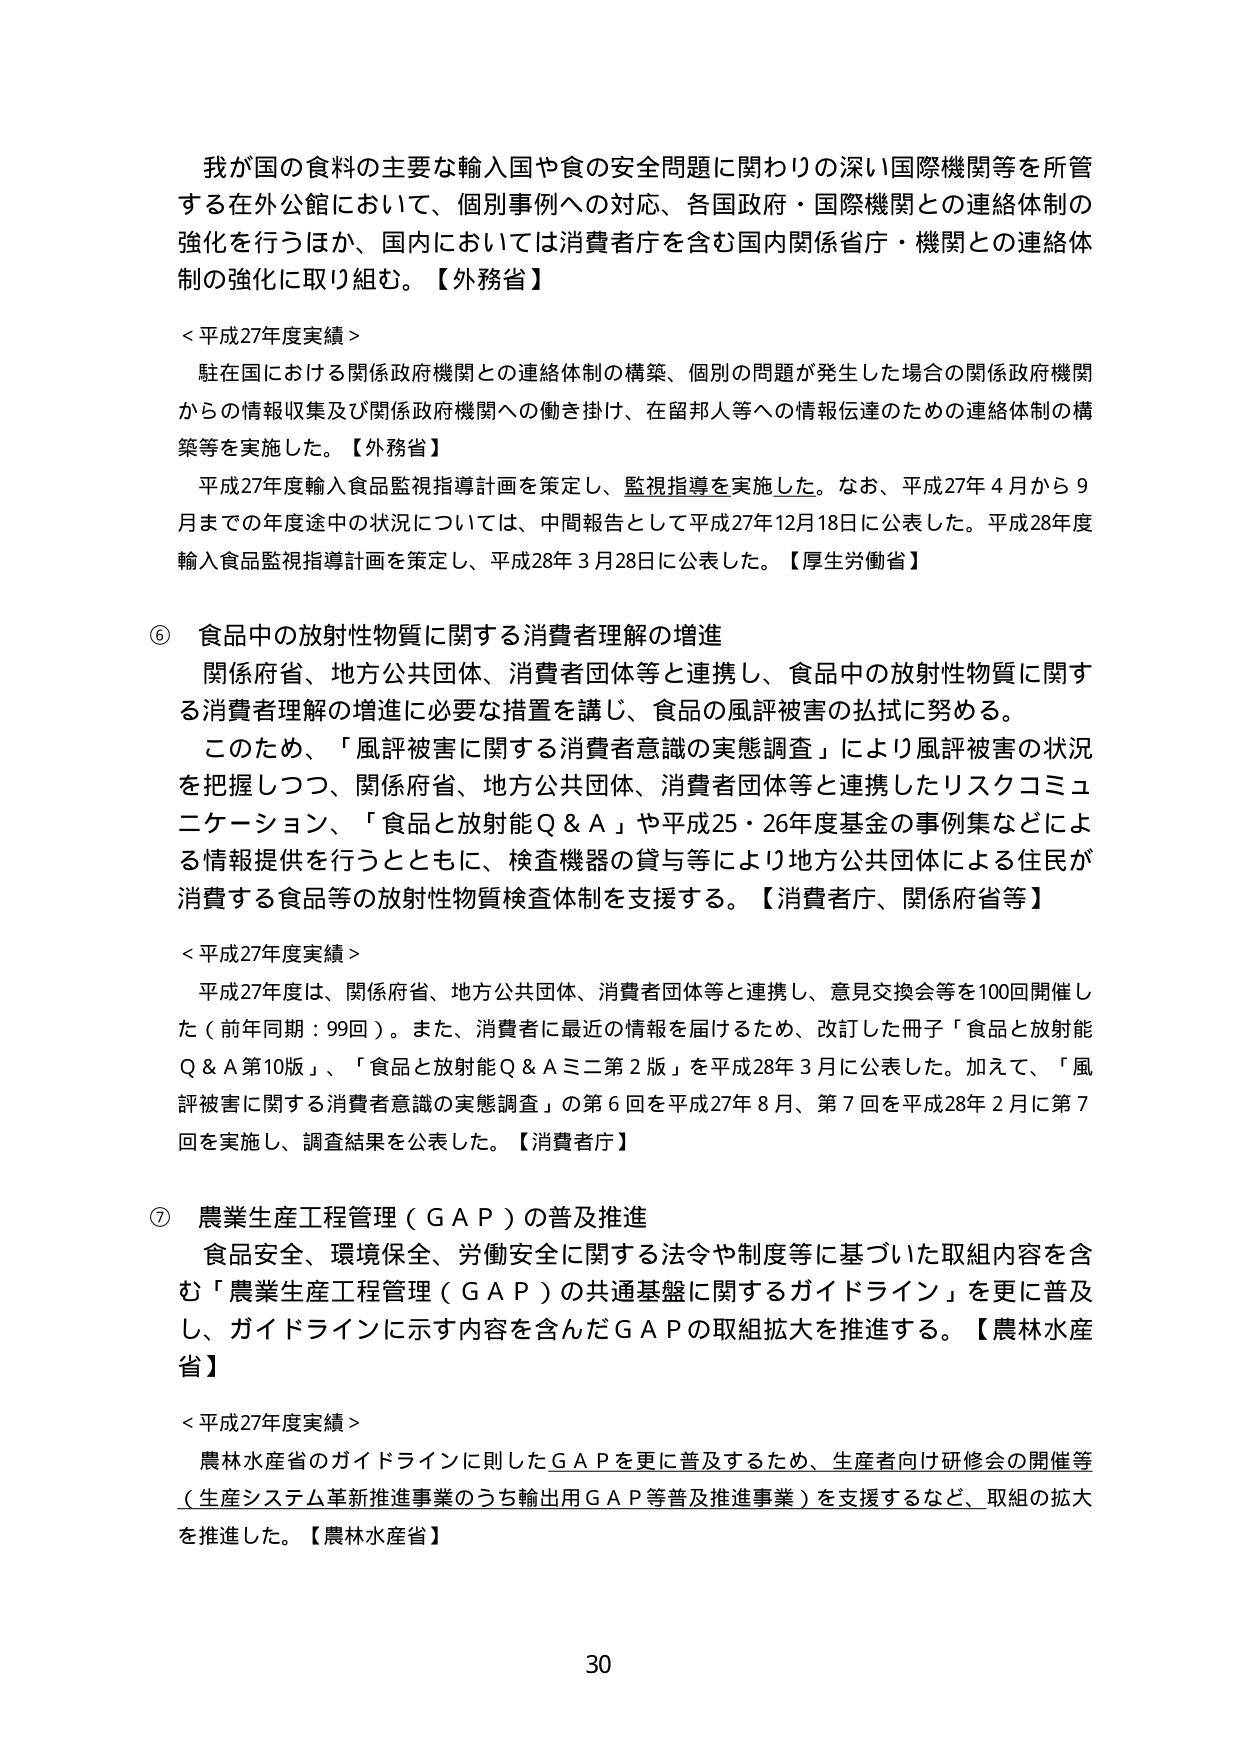
我が国の食料の主要な輸入国や食の安全問題に関わりの深い国際機関等を所管する在外公館において、個別事例への対応、各国政府・国際機関との連絡体制の強化を行うほか、国内においては消費者庁を含む国内関係省庁・機関との連絡体制の強化に取り組む。【外務省】

＜平成27年度実績＞
駐在国における関係政府機関との連絡体制の構築、個別の問題が発生した場合の関係政府機関からの情報収集及び関係政府機関への働き掛け、在留邦人等への情報伝達のための連絡体制の構築等を実施した。【外務省】
平成27年度輸入食品監視指導計画を策定し、監視指導を実施した。なお、平成27年4月から9月までの年度途中の状況については、中間報告として平成27年12月18日に公表した。平成28年度輸入食品監視指導計画を策定し、平成28年3月28日に公表した。【厚生労働省】

⑥ 食品中の放射性物質に関する消費者理解の増進
関係府省、地方公共団体、消費者団体等と連携し、食品中の放射性物質に関する消費者理解の増進に必要な措置を講じ、食品の風評被害の払拭に努める。
このため、「風評被害に関する消費者意識の実態調査」により風評被害の状況を把握しつつ、関係府省、地方公共団体、消費者団体等と連携したリスクコミュニケーション、「食品と放射能Q＆A」や平成25・26年度基金の事例集などによる情報提供を行うとともに、検査機器の貸与等により地方公共団体による住民が消費する食品等の放射性物質検査体制を支援する。【消費者庁、関係府省等】

＜平成27年度実績＞
平成27年度は、関係府省、地方公共団体、消費者団体等と連携し、意見交換会等を100回開催した（前年同期：99回）。また、消費者に最近の情報を届けるため、改訂した冊子「食品と放射能Q＆A第10版」、「食品と放射能Q＆Aミニ第2版」を平成28年3月に公表した。加えて、「風評被害に関する消費者意識の実態調査」の第6回を平成27年8月、第7回を平成28年2月に第7回を実施し、調査結果を公表した。【消費者庁】

⑦ 農業生産工程管理（GAP）の普及推進
食品安全、環境保全、労働安全に関する法令や制度等に基づいた取組内容を含む「農業生産工程管理（GAP）の共通基盤に関するガイドライン」を更に普及し、ガイドラインに示す内容を含んだGAPの取組拡大を推進する。【農林水産省】

＜平成27年度実績＞
農林水産省のガイドラインに則したGAPを更に普及するため、生産者向け研修会の開催等（生産システム革新推進事業のうち輸出用GAP等普及推進事業）を支援するなど、取組の拡大を推進した。【農林水産省】

30